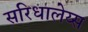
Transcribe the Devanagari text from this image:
सरिधालेय्स